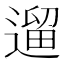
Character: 遛